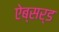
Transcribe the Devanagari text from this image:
ऐब्सर्ड